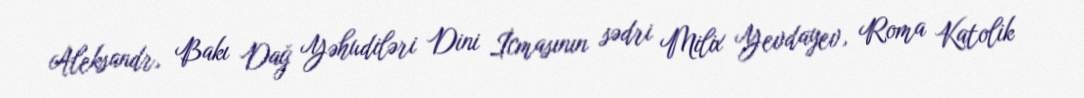
Aleksandr, Bakı Dağ Yəhudiləri Dini İcmasının sədri Milix Yevdayev, Roma Katolik